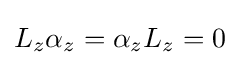
L_{z}\alpha _{z}=\alpha _{z}L_{z}=0